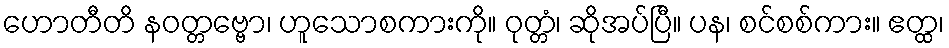
ဟောတီတိ နဝတ္တဗ္ဗော၊ ဟူသောစကားကို။ ဝုတ္တံ၊ ဆိုအပ်ပြီ။ ပန၊ စင်စစ်ကား။ ဧတ္ထ၊